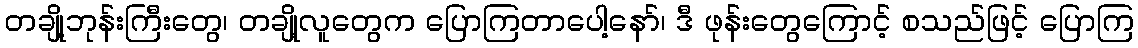
တချို့ဘုန်းကြီးတွေ၊ တချို့လူတွေက ပြောကြတာပေါ့နော်၊ ဒီ ဖုန်းတွေကြောင့် စသည်ဖြင့် ပြောကြ